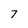
Character: 7